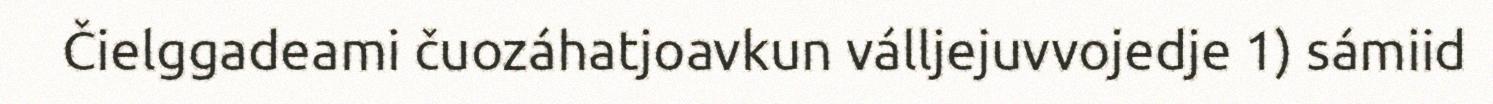
Čielggadeami čuozáhatjoavkun válljejuvvojedje 1) sámiid